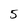
Character: 5